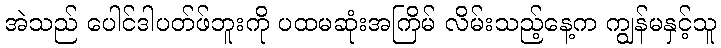
အဲသည် ပေါင်ဒါပတ်ဖ်ဘူးကို ပထမဆုံးအကြိမ် လိမ်းသည့်နေ့က ကျွန်မနှင့်သူ